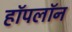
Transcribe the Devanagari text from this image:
हॉपलॉन